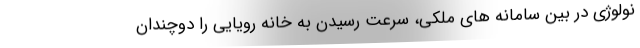
نولوژی در بین سامانه های ملکی، سرعت رسیدن به خانه رویایی را دوچندان